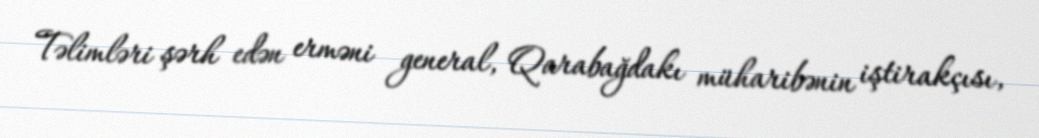
Təlimləri şərh edən erməni general, Qarabağdakı müharibənin iştirakçısı,